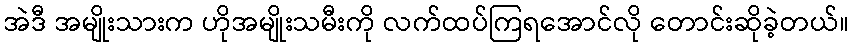
အဲဒီ အမျိုးသားက ဟိုအမျိုးသမီးကို လက်ထပ်ကြရအောင်လို တောင်းဆိုခဲ့တယ်။